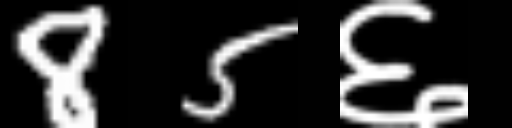
Text: 85६